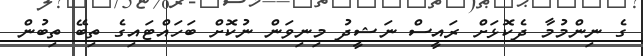
ގެ ނިންމުމާ ދެކޮޅަށް ރައީސް ނަޝީދު މިނިވަން ނުކޮށް ބަހައްޓައިގެ ތިބޭ ތިބުން